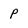
Character: p